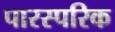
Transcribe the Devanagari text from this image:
पारस्‍परिक